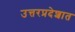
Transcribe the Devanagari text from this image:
उत्तरप्रदेशात